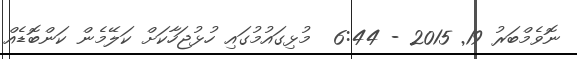
ނޮވެމްބަރު 19